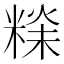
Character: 𥻕